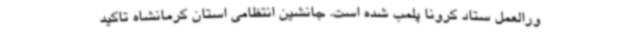
ورالعمل ستاد کرونا پلمب شده است. جانشین انتظامی استان کرمانشاه تاکید